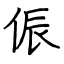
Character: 侲